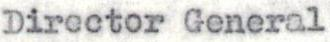
Director General